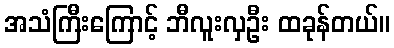
အသံကြီးကြောင့် ဘီလူးလှဦး ထခုန်တယ်။